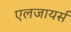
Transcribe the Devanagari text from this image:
एलजायर्स